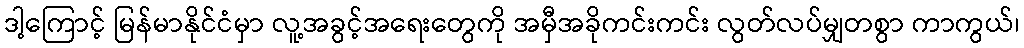
ဒါ့ကြောင့် မြန်မာနိုင်ငံမှာ လူ့အခွင့်အရေးတွေကို အမှီအခိုကင်းကင်း လွတ်လပ်မျှတစွာ ကာကွယ်၊